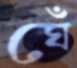
ঘেঁ